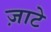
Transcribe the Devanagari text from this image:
ज़ाटे